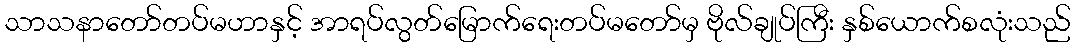
သာသနာတော်တပ်မဟာနှင့် အာရပ်လွတ်မြောက်ရေးတပ်မတော်မှ ဗိုလ်ချုပ်ကြီး နှစ်ယောက်စလုံးသည်